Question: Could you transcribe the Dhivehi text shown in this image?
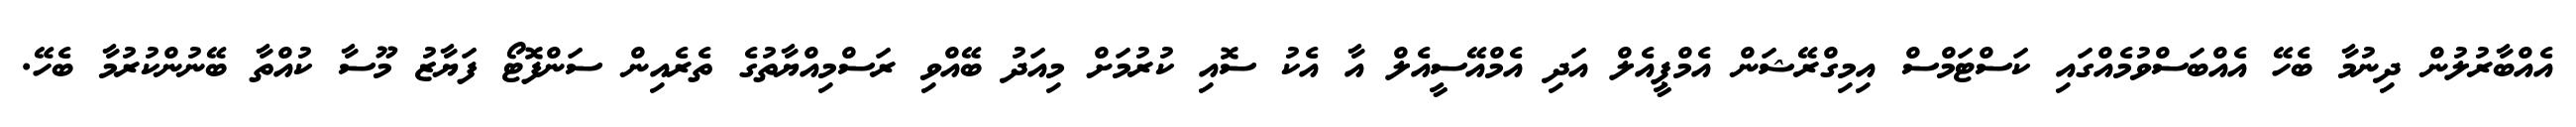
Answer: އެއްބާރުލުން ދިނުމާ ބެހޭ އެއްބަސްވުމެއްގައި ކަސްޓަމްސް އިމިގްރޭޝަން އެމްޕީއެލް އަދި އެމްއޭސީއެލް އާ އެކު ސޮއި ކުރުމަށް މިއަދު ބޭއްވި ރަސްމިއްޔާތުގެ ތެރެއިން ސަންފޮޓޯ ފަޔާޒު މޫސާ ކުއްތާ ބޭނުންކުރުމާ ބެހޭ.